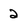
Character: 2